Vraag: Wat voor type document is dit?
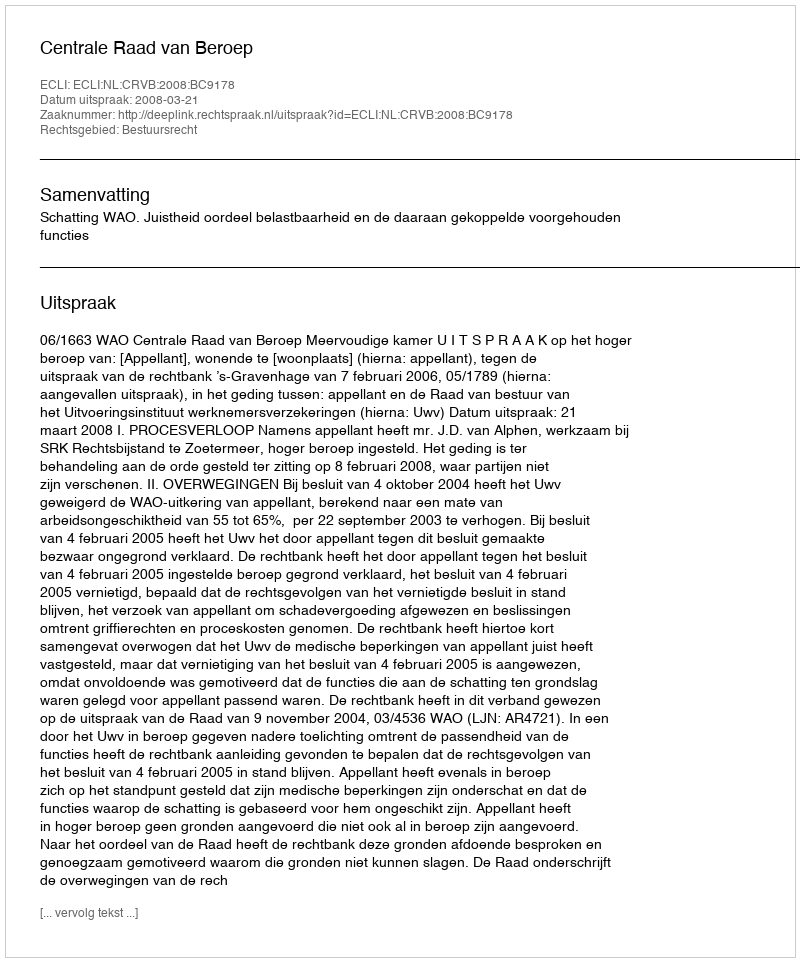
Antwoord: Uitspraak